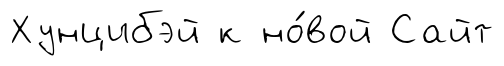
Хунцибэй к но́вой Сайт